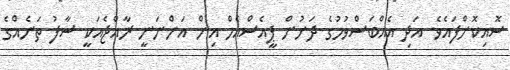
ސޮއިކޮށްފައެވެ. އަދި އެއްބަސްވުމުގެ ދަށުން ޕީއެސްއެމް އިން އަންނަނީ ރާއްޖެއަކީ ސާފު ތަނެއްގެ